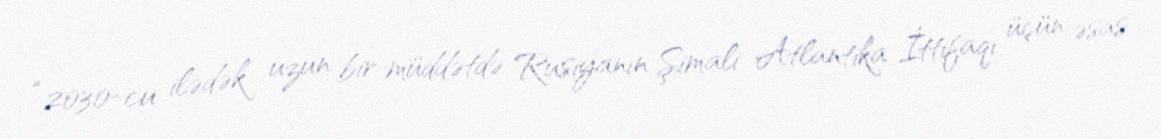
“2030-cu ilədək uzun bir müddətdə Rusiyanın Şimali Atlantika İttifaqı üçün əsas